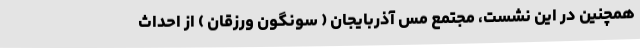
همچنین در این نشست، مجتمع مس آذربایجان ( سونگون ورزقان ) از احداث